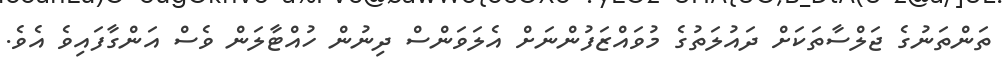
ތަންތަނުގެ ޖަލްސާތަކަށް ދައުލަތުގެ މުވައްޒަފުންނަށް އެލަވަންސް ދިނުން ހުއްޓާލަން ވެސް އަންގާފައިވެ އެވެ.